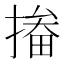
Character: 㨧